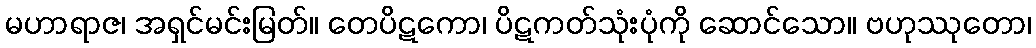
မဟာရာဇ၊ အရှင်မင်းမြတ်။ တေပိဋကော၊ ပိဋကတ်သုံးပုံကို ဆောင်သော။ ဗဟုဿုတော၊